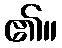
၏။